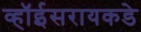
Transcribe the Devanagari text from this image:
व्हॉईसरायकडे